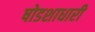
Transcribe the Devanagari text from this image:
षोडशाधारी